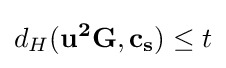
d_{H}(\mathbf {u^{2}G,c_{s}} )\leq t